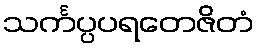
သင်္ကပ္ပပရတေဇိတံ